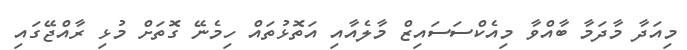
މިއަދާ މާދަމާ ބާއްވާ މިއެކްސަސައިޒް މާލެއާއި އަތޮޅުތައް ހިމެނޭ ގޮތަށް މުޅި ރާއްޖޭގައި